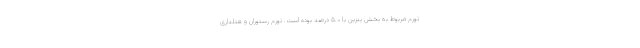
تورم مربوط به بخش بنزین با ۵.۰ درصد بوده است. تورم رستوران و هتلداری